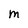
Character: M